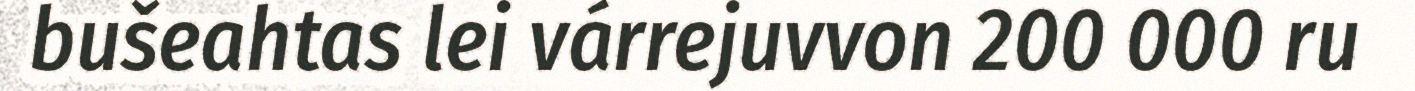
bušeahtas lei várrejuvvon 200 000 ru